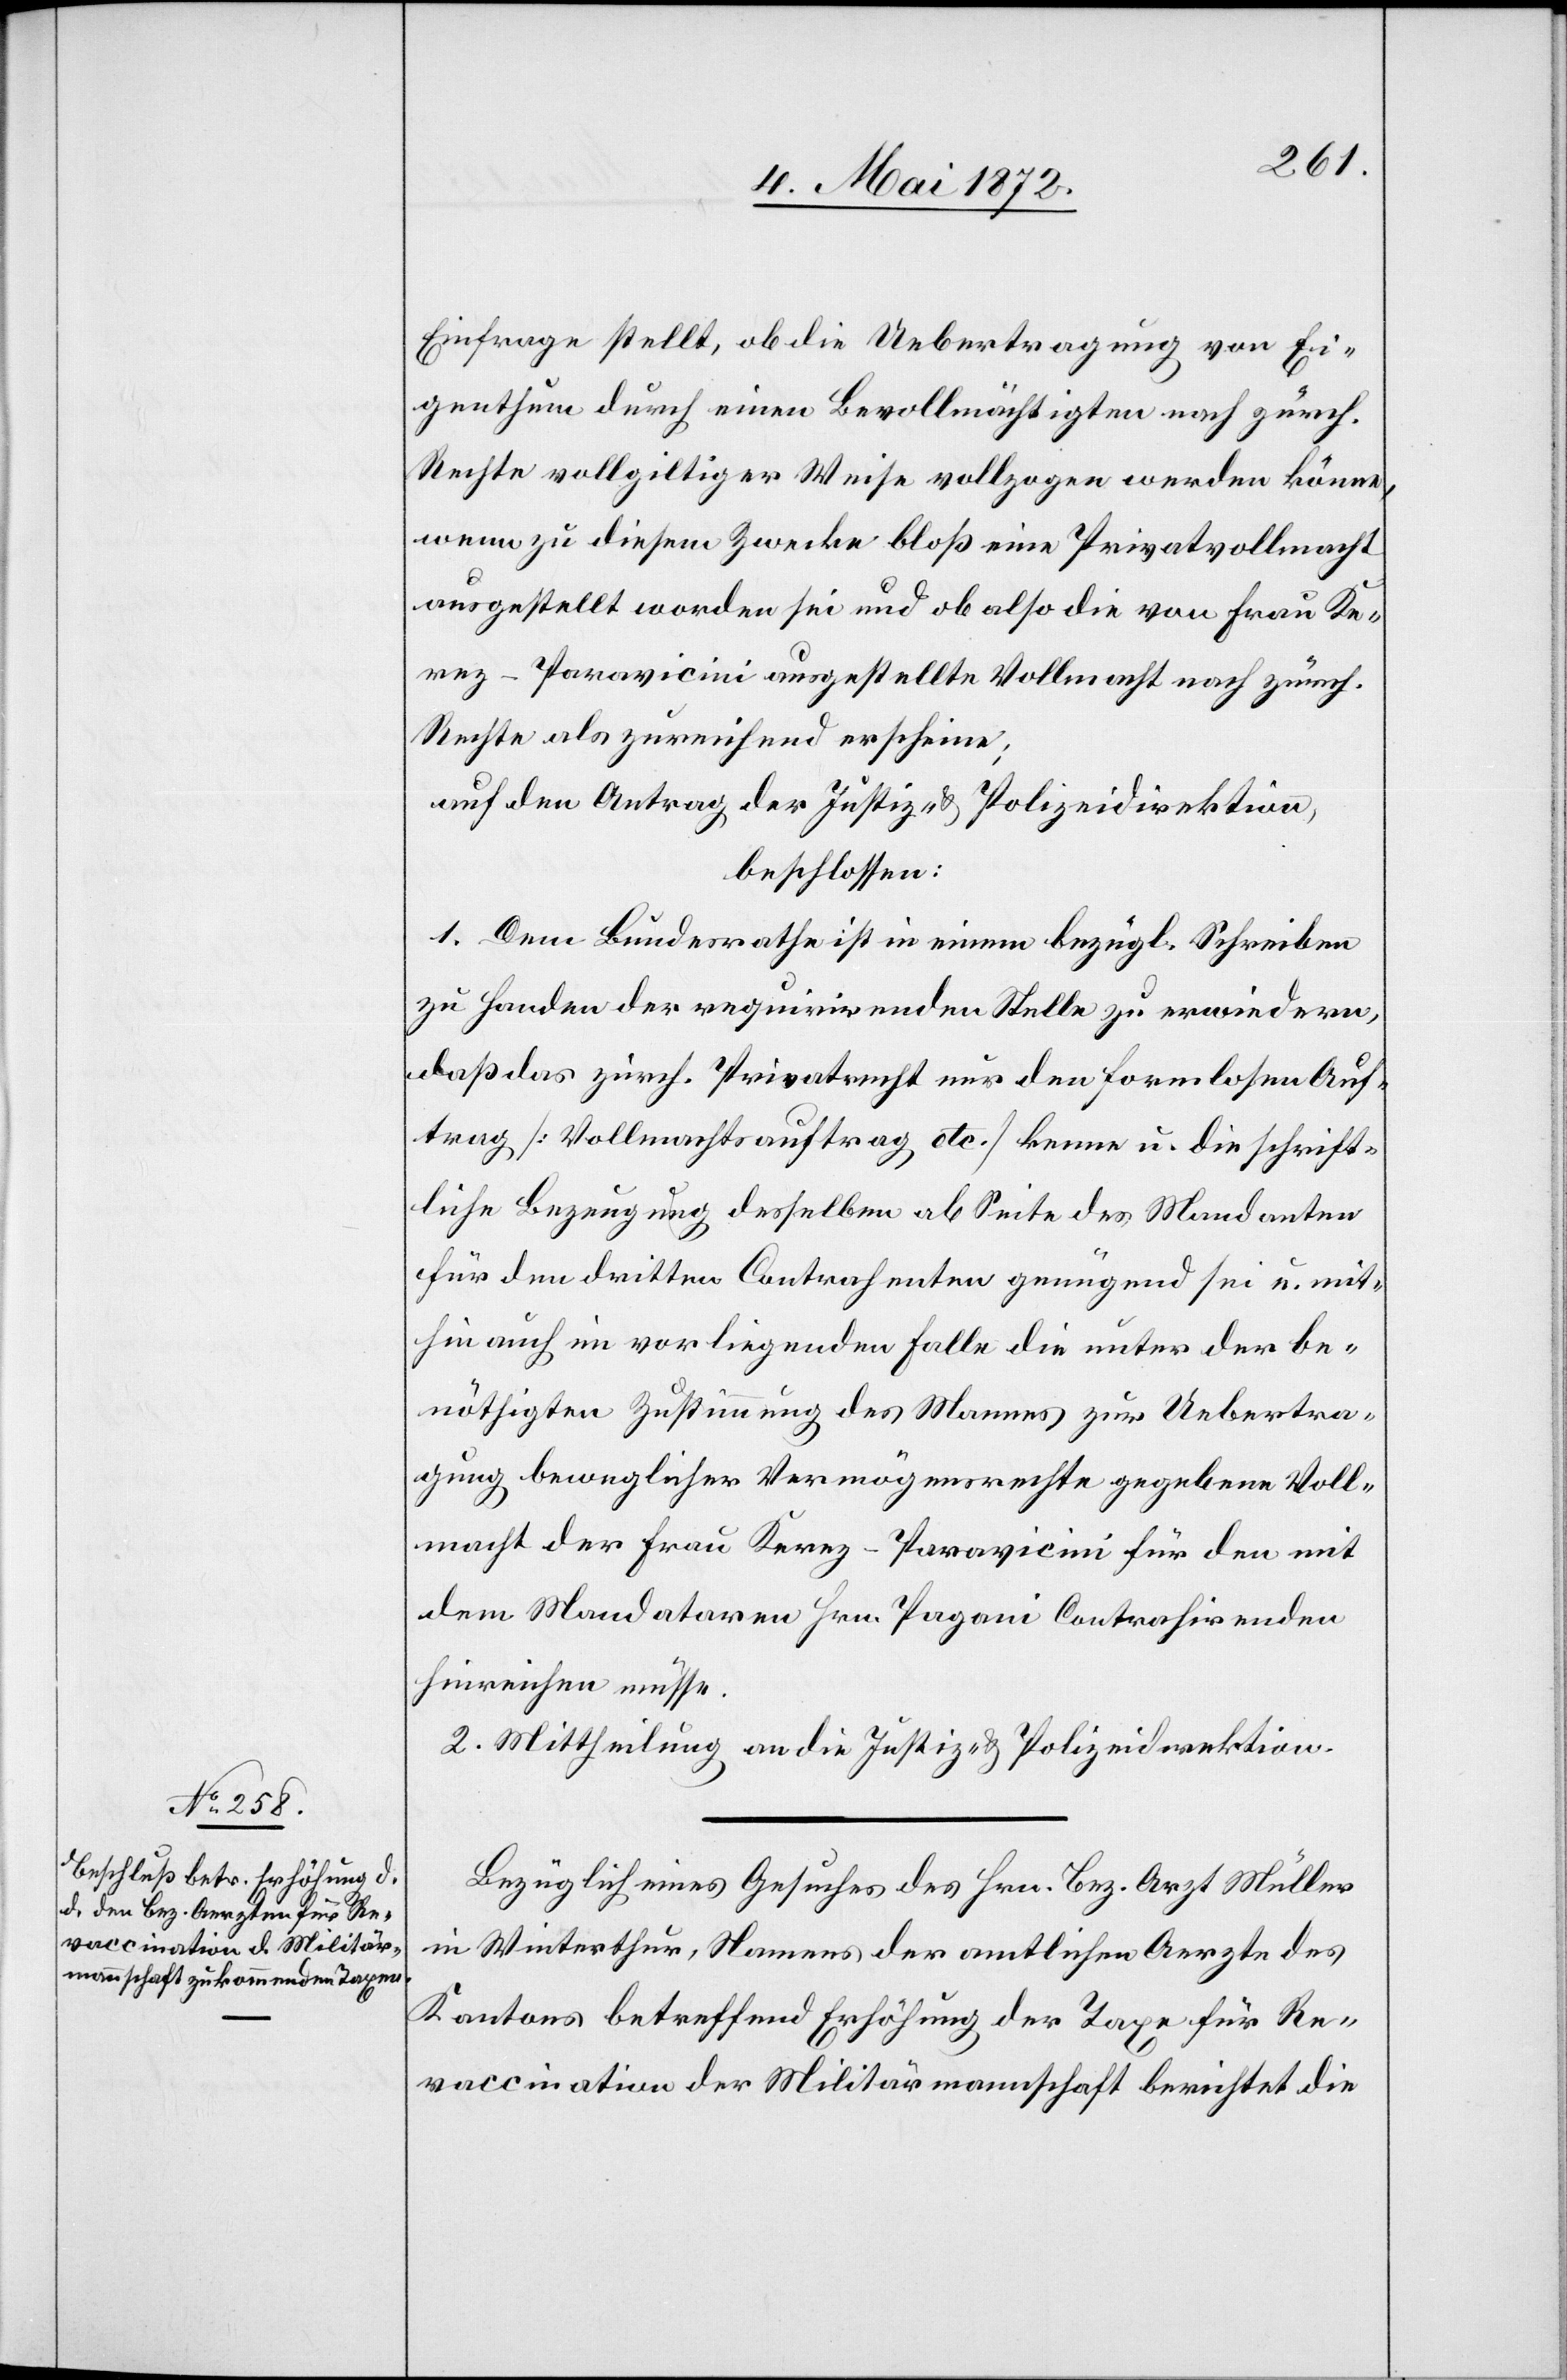
Einfrage stellt, ob die Uebertragung von Ei¬
genthum durch einen Bevollmächtigten nach zürch.
Rechte vollgiltiger Weise vollzogen werden könne,
wenn zu diesem Zwecke bloß eine Privatvollmacht
ausgestellt worden sei und ob also die von Frau Ke¬
rez-Paravicini ausgestellte Vollmacht nach zürch.
Rechte als zureichend erscheine;
auf den Antrag der Justiz- u. Polizeidirektion,
beschlossen:
1. Dem Bundesrathe ist in einem bezügl. Schreiben
zu Handen der requirirenden Stelle zu erwiedern,
daß das zürch. Privatrecht nur den formlosen Auf¬
trag [Vollmachtsauftrag etc.] kenne u. die schrift¬
liche Bezeugung desselben ab Seite des Mandanten
für den dritten Contrahenten genügend sei u, mit¬
hin auch im vorliegenden Falle die unter der be¬
nöthigten Zustimmung des Mannes zur Uebertra¬
gung beweglicher Vermögensrechte gegebene Voll¬
macht der Frau Kerez-Paravicini für den mit
dem Mandataren Hrn. Pagani Contrahirenden
hinreichen müsse.
2. Mittheilung an die Justiz- u. Polizeidirektion.
Bezüglich eines Gesuches des Hrn. Bez. Arzt Müller
in Winterthur, Namens der amtlichen Aerzte des
Kantons betreffend Erhöhung der Taxe für Re¬
vaccination der Militärmannschaft berichtet die